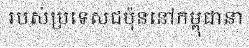
របស់ប្រទេសជប៉ុននៅកម្ពុជានា